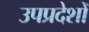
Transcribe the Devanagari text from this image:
उपप्रदेशों